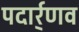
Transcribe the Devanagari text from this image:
पदार्र्णव